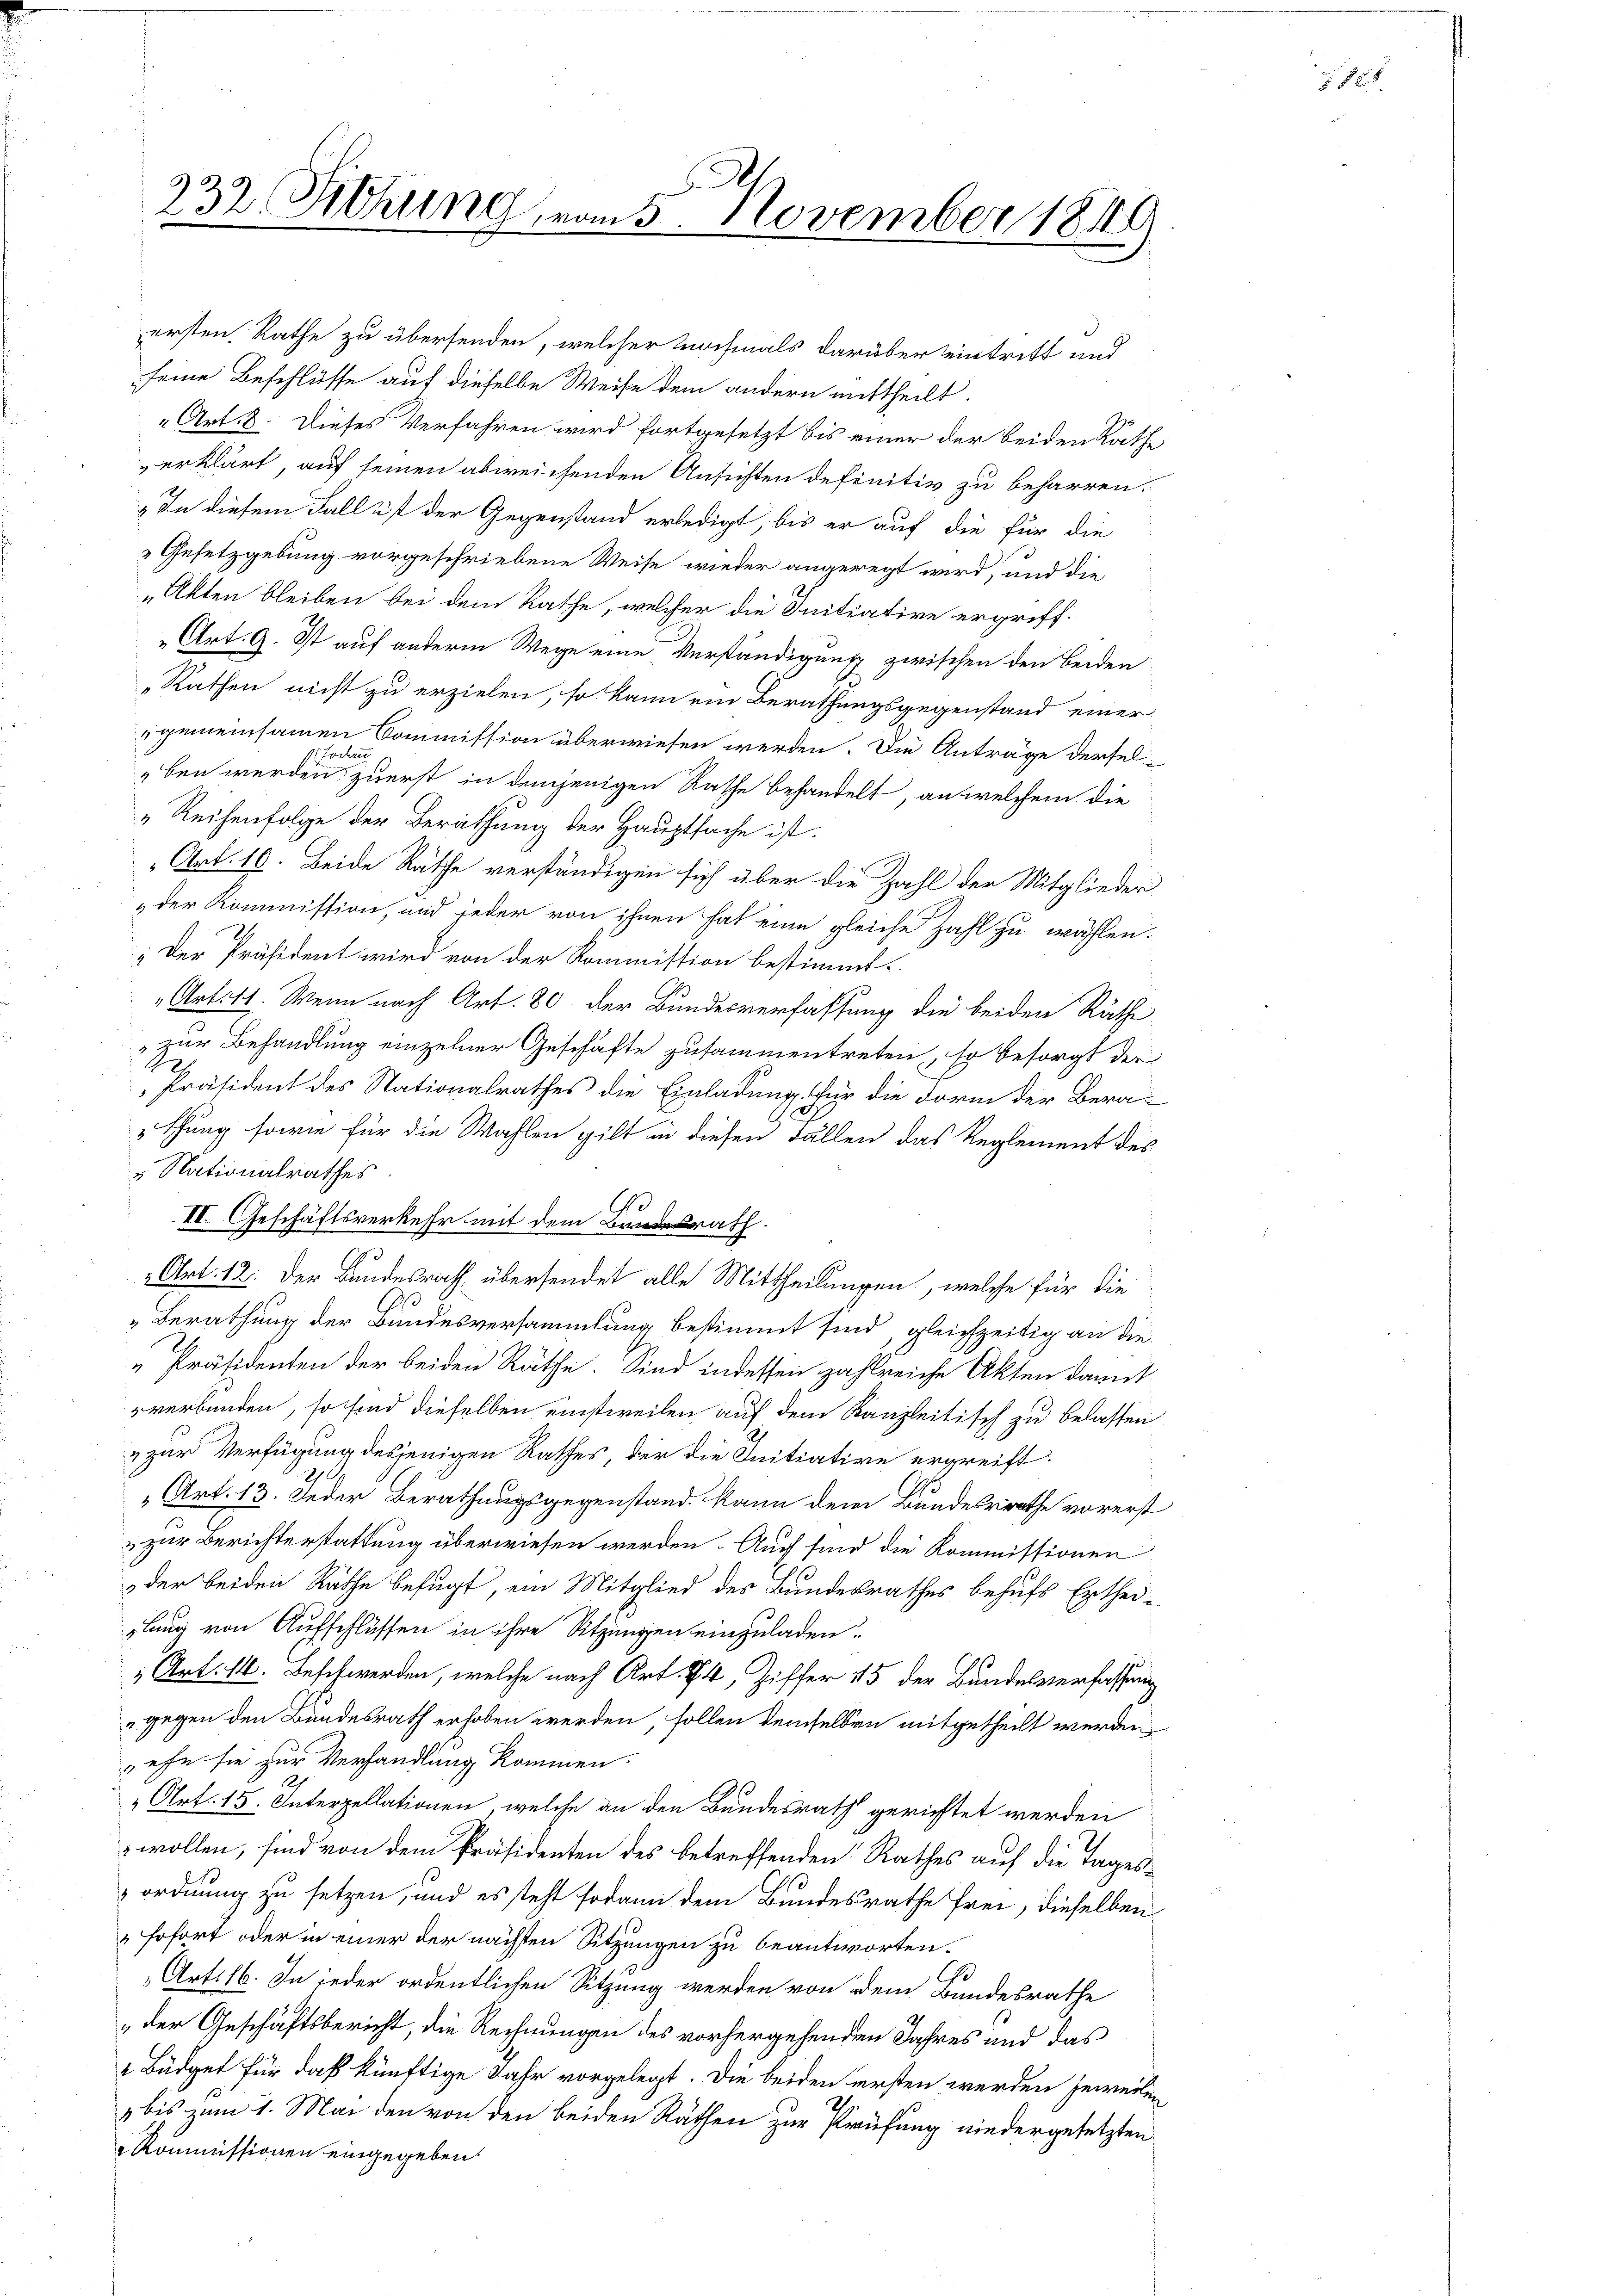
ersten Rathe zu übersenden, welcher nochmals darüber eintritt und
seine Beschlüsse auf dieselbe Weise dem andern mittheilt.
Art. 8. Dieses Verfahren wird fortgesetzt bis einer der beiden Rathverklärt, auf seinen abweichenden Ansichten definitiv zu beharren.
„In diesem Fall ist der Gegenstand erledigt, bis er auf die für die
Gesetzgebung vorgeschriebene Weise wieder angeregt wird, und die
„Akten bleiben bei dem Rathe, welcher die Initiative ergriff¬
Art. 9. Ist auf anderm Wege eine Verständigung zwischen den beiden
„Rathen nicht zu erzielen, so kann ein Berathungsgegenstand einer
gemeinsamen Commission überwiesen werden. Die Anträge derselch
ben werden zuerst in demjenigen Rathe behandelt, an welchem die
„Reihenfolge der Berathung der Hauptsache ist.
„Art. 16. Beide Räthe verständigen sich über die Zahl der Mitglieder
„der Kommission, und jeder von ihnen hat eine gleiche Zahl zu wählen.
: Der Präsident wird von der Kommission bestimmt.
Artilt. Wenn nach Art. 80. der Bundesverfassung die beiden Räthe
"zur Behandlung einzelner Geschäfte zusammentreten, so besorgt der
A
Präsident des Nationalrathes die Einladung für die Form der Berathung sowie für die Wahlen gilt in diesen Fällen das Reglement des
" Nationalrathes
Ge
II. Geschäftsverkehr mit dem Bundesrath.
Art. 12. Der Bundesrath übersendet alle Mittheilungen, welche für die
Berathung der Bundesversammlung bestimmt sind, gleichzeitig an die
„Präsidenten der beiden Räthe. Sind indessen zahlreiche Akten damit
verbunden, so sind dieselben einstweilen auf dem Kanzleitisch zu belassen
" zur Verfügung desjenigen Rathes der die Initiative ergreift.
Art. 13. Jeder Berathungsgegenstand. Kann dem Bundesrathe vorerst
 zur Berichterstattung überwiesen werden. Auch sind die Kommissionen
der beiden Räthe befugt, ein Mitglied des Bundesrathes behufs Erthei-
rlang von Aufschlüssen in ihre Sitzungen einzuladen.
" Art. 14. Beschwerden, welche nach Art. 74, Ziffer 15 der Bundesverfassung
gegen den Bundesrath erhoben werden, sollen demselben mitgetheilt werden,
ehe sie zur Verhandlung kommen.
„Art. 15. Interpellationen, welche an den Bundesrath gerichtet werden
wollen, sind von dem Präsidenten des betreffenden Rathes auf die Tagesordnung zu setzen, und es steht sodann dem Bundesrathe frei, dieselben
" sofort oder in einer der nächsten Sitzungen zu beantworten.
Art: 16. In jeder ordentlichen Sitzung werden von dem Bundesrathe
der Geschäftsbericht, die Rechnungen des vorhergehenden Jahres und das
 Büdget für daß künftige Jahr vorgelegt. Die beiden ersten werden jeweile
bis zum 1. Mai den von den beiden Räthen zur Prüfung niedergesetzten
a Kommissionen eingegeben.

232. Siehung vom 5. November 1849

n
2